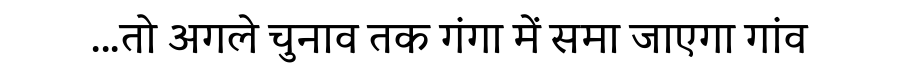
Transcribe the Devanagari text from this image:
...तो अगले चुनाव तक गंगा में समा जाएगा गांव